Rangoon Lunatic Asylum 1893-1897 - 1893-1897
Year: 1893
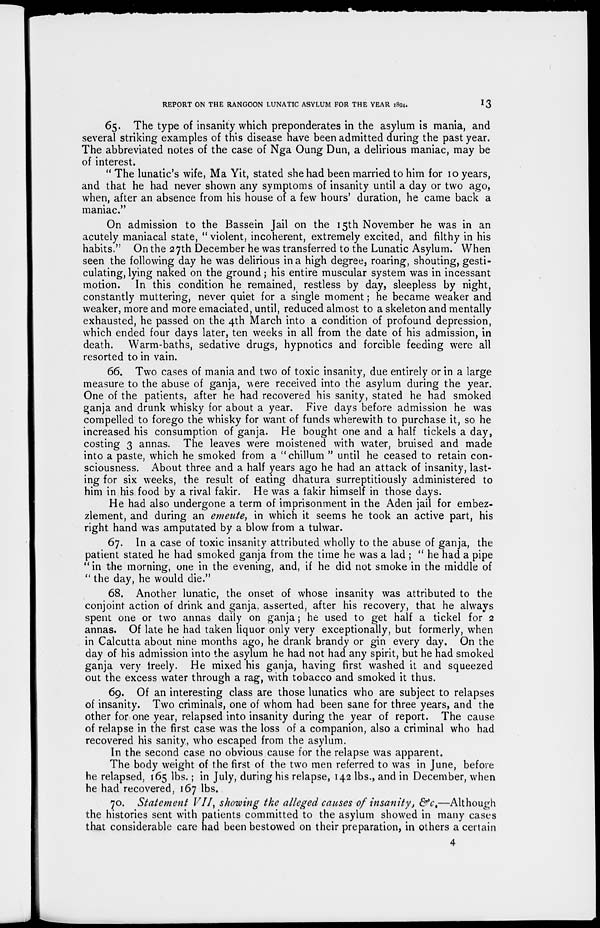
REPORT ON THE RANGOON LUNATIC ASYLUM FOR THE YEAR 1894.
13
65. The type of insanity which preponderates in the asylum is mania, and
several striking examples of this disease have been admitted during the past year.
The abbreviated notes of the case of Nga Oung Dun, a delirious maniac, may be
of interest.
" The lunatic's wife, Ma Yit, stated she had been married to him for 10 years,
and that he had never shown any symptoms of insanity until a day or two ago,
when, after an absence from his house of a few hours' duration, he came back a
maniac."
On admission to the Bassein Jail on the 15th November he was in an
acutely maniacal state, " violent, incoherent, extremely excited, and filthy in his
habits." On the 27th December he was transferred to the Lunatic Asylum. When
seen the following day he was delirious in a high degree, roaring, shouting, gesti-
culating, lying naked on the ground; his entire muscular system was in incessant
motion. In this condition he remained, restless by day, sleepless by night,
constantly muttering, never quiet for a single moment; he became weaker and
weaker, more and more emaciated, until, reduced almost to a skeleton and mentally
exhausted, he passed on the 4th March into a condition of profound depression,
which ended four days later, ten weeks in all from the date of his admission, in
death. Warm-baths, sedative drugs, hypnotics and forcible feeding were all
resorted to in vain.
66. Two cases of mania and two of toxic insanity, due entirely or in a large
measure to the abuse of ganja, were received into the asylum during the year.
One of the patients, after he had recovered his sanity, stated he had smoked
ganja and drunk whisky for about a year. Five days before admission he was
compelled to forego the whisky for want of funds wherewith to purchase it, so he
increased his consumption of ganja. He bought one and a half tickels a day,
costing 3 annas. The leaves were moistened with water, bruised and made
into a paste, which he smoked from a "chillum " until he ceased to retain con"
sciousness. About three and a half years ago he had an attack of insanity, last-
ing for six weeks, the result of eating dhatura surreptitiously administered to
him in his food by a rival fakir. He was a fakir himself in those days.
He had also undergone a term of imprisonment in the Aden jail for embez-
zlement, and during an emeute, in which it seems he took an active part, his
right hand was amputated by a blow from a tulwar.
67. In a case of toxic insanity attributed wholly to the abuse of ganja, the
patient stated he had smoked ganja from the time he was a lad ; " he had a pipe
" in the morning, one in the evening, and, if he did not smoke in the middle of
" the day, he would die."
68. Another lunatic, the onset of whose insanity was attributed to the
conjoint action of drink and ganja, asserted, after his recovery, that he always
spent one or two annas daily on ganja; he used to get half a tickel for 2
annas. Of late he had taken liquor only very exceptionally, but formerly, when
in Calcutta about nine months ago, he drank brandy or gin every day. On the
day of his admission into the asylum he had not had any spirit, but he had smoked
ganja very freely. He mixed his ganja, having first washed it and squeezed
out the excess water through a rag, with tobacco and smoked it thus.
69. Of an interesting class are those lunatics who are subject to relapses
of insanity. Two criminals, one of whom had been sane for three years, and the
other for one year, relapsed into insanity during the year of report. The cause
of relapse in the first case was the loss of a companion, also a criminal who had
recovered his sanity, who escaped from the asylum.
In the second case no obvious cause for the relapse was apparent.
The body weight of the first of the two men referred to was in June, before
he relapsed, 165 lbs.; in July, during his relapse, 142 lbs., and in December, when
he had recovered, 167 lbs.
70. Statement VII, showing the alleged causes of insanity, &c.—Although
the histories sent with patients committed to the asylum showed in many cases
that considerable care had been bestowed on their preparation, in others a certain
4